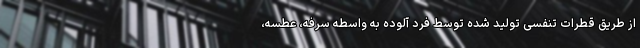
از طریق قطرات تنفسی تولید شده توسط فرد آلوده به واسطه سرفه، عطسه،